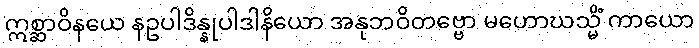
ဣစ္ဆာဝိနယေ နဥပါဒိန္နုပါဒါနိယော အနုဘဝိတဗ္ဗော မဟောဃသ္မိံ ကာယော